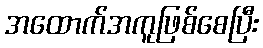
အထောက်အကူဖြစ်စေပြီး